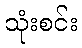
သုံးစင်း